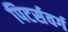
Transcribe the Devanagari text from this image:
पिटर्सवर्ग